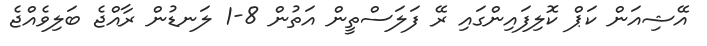
އޭޝިއަން ކަޕް ކޮލިފައިންގައި ރޭ ފަލަސްތީން އަތުން 8-1 ލަނޑުން ރާއްޖެ ބަލިވެއްޖެ